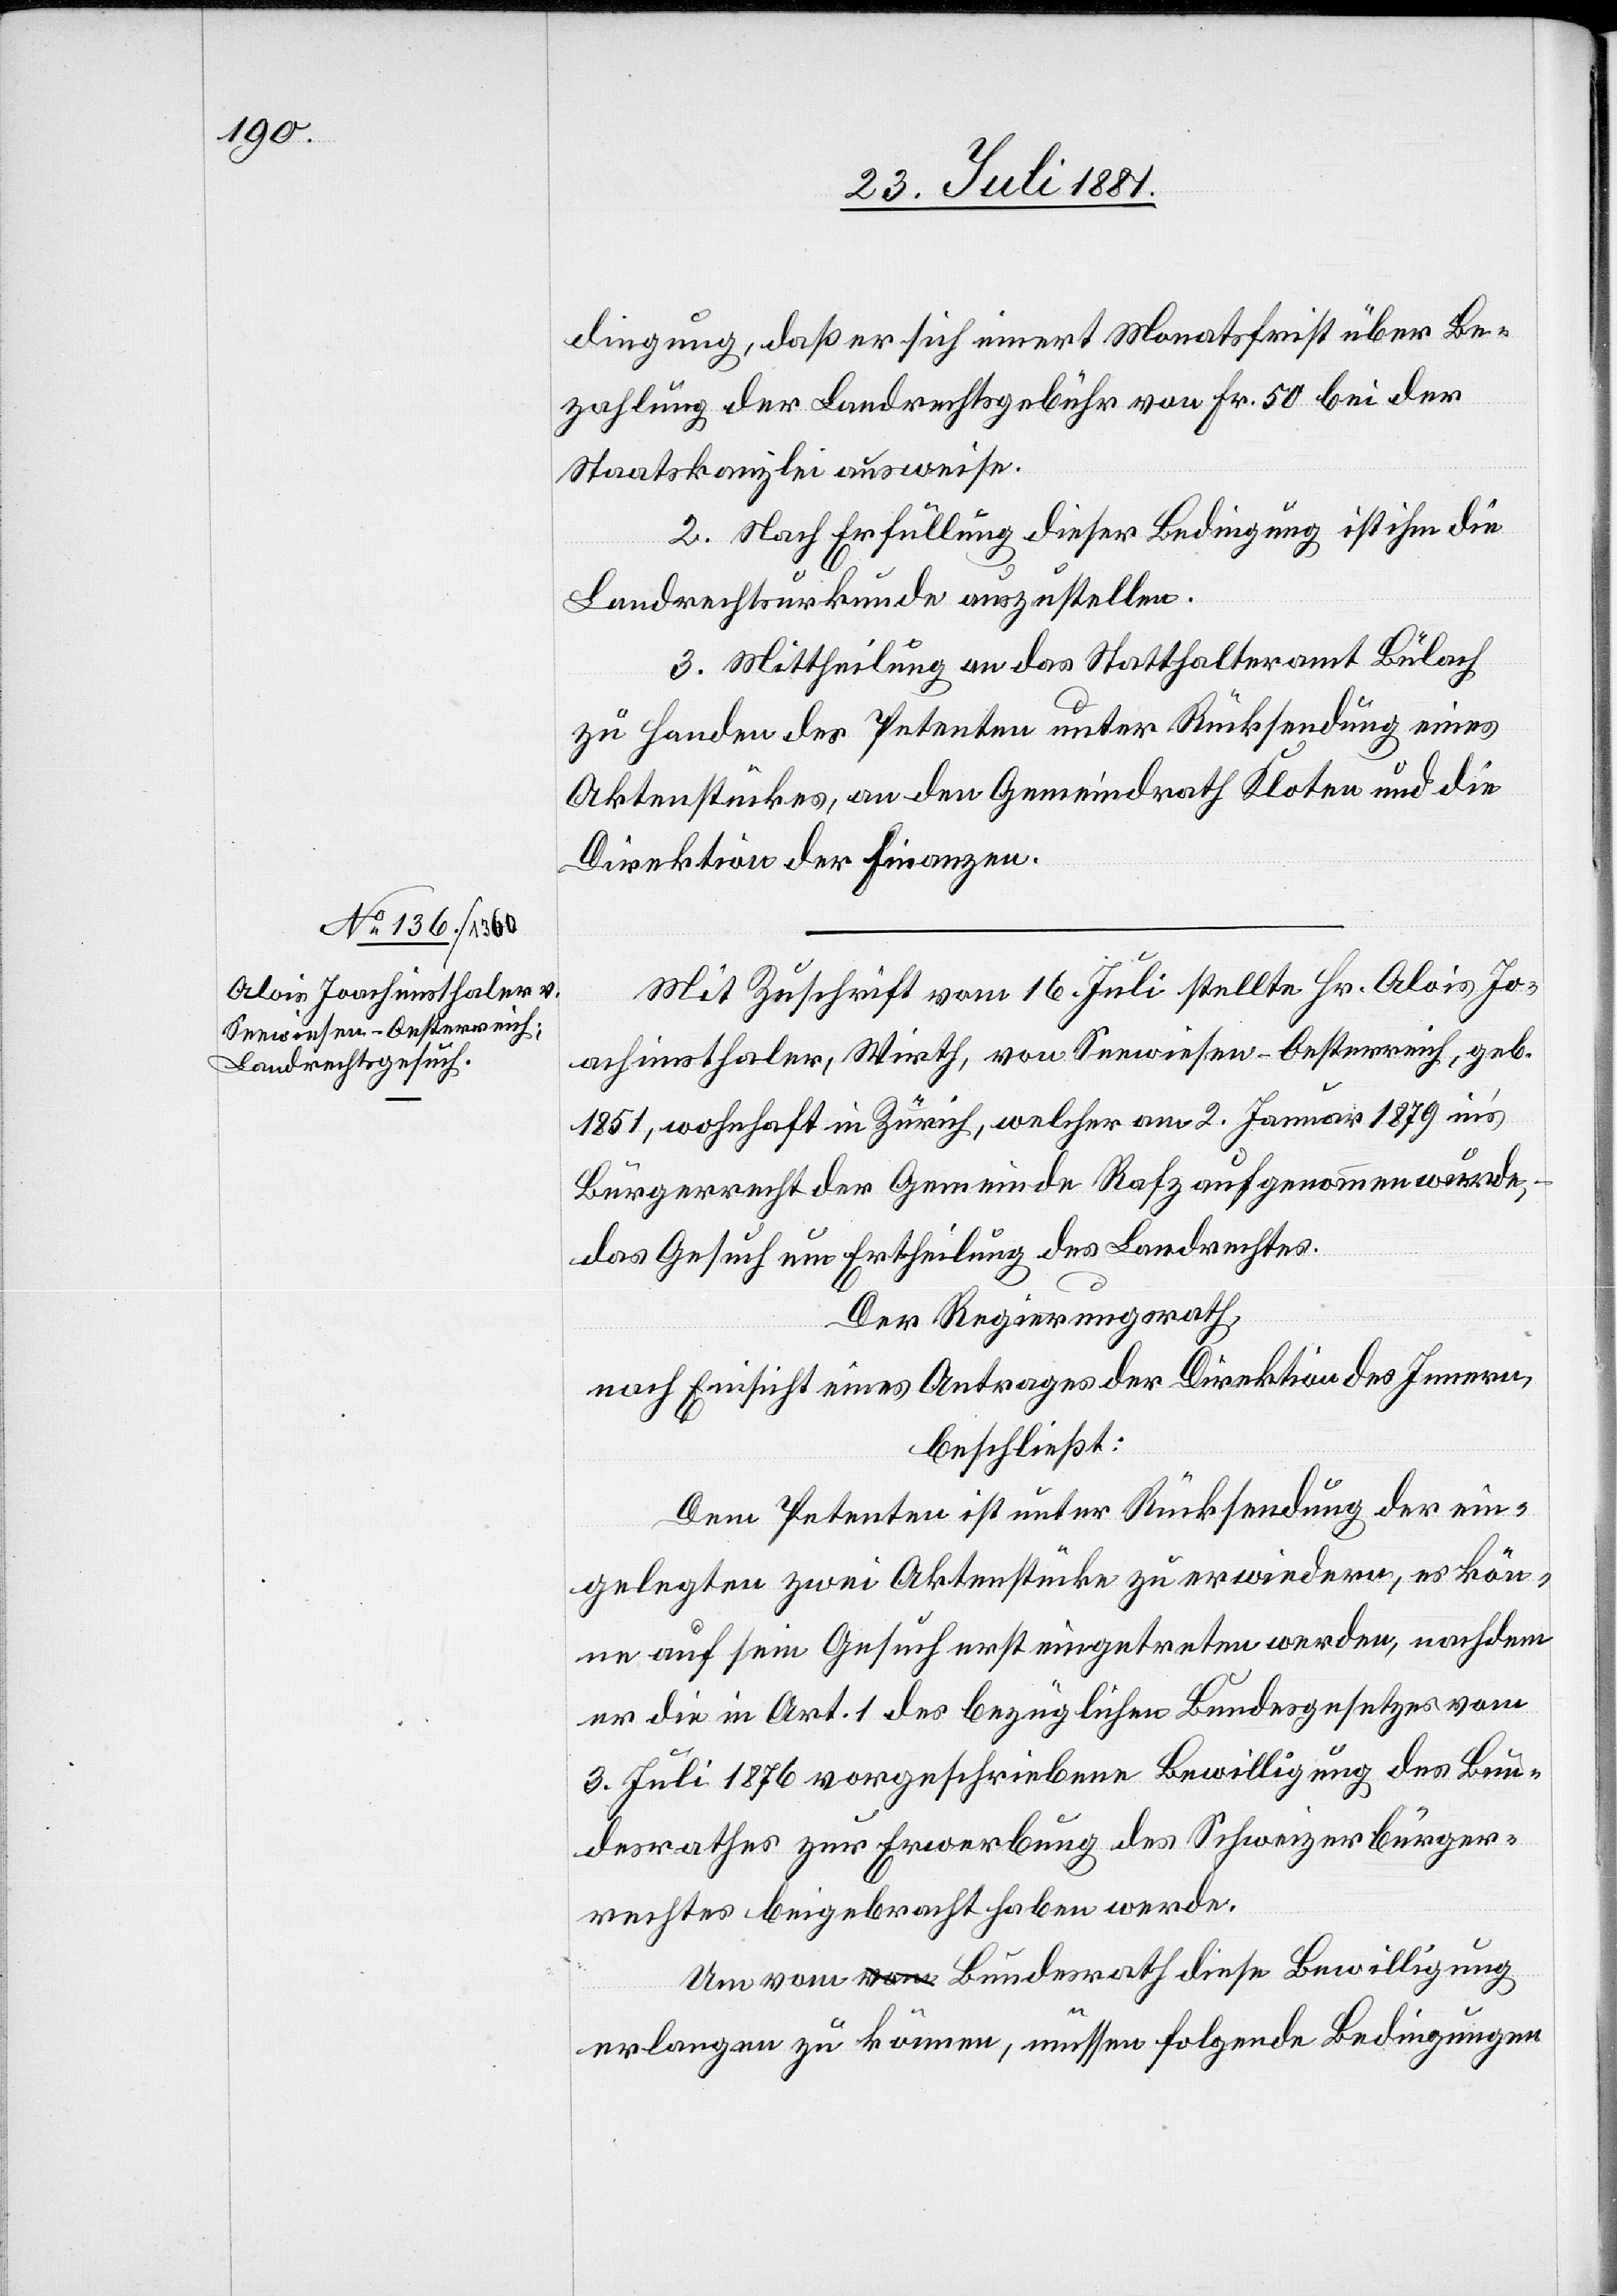
dingung, daß er sich innert Monatsfrist über Be¬
zahlung der Landrechtsgebühren von Fr. 50 bei der
Staatskanzlei ausweise.
2. Nach Erfüllung dieser Bedingung ist ihm die
Landrechtsurkunde auszustellen.
3. Mittheilung an das Statthalteramt Bülach
zu Handen des Petenten unter Rückstellung eines
Aktenstückes, an den Gemeindrath Kloten und die
Direktion der Finanzen.
Mi Zuschrift vom 13. Juli stellte Hr. Alois Jo¬
achimsthaler, Wirth, von Seewiesen - Oesterreich, geb.
1851, wohnhaft in Zürich, welcher am 2. Januar 1878 ins
Bürgerrecht der Gemeinde Rafz aufgenommen wurde,
das Gesuch um Ertheilung des Landrechtes.
Der Regierungsrath,
nach Einsicht eines Antrages der Direktion des Innern,
beschließt:
Dem Petenten ist unter Rückstellung der ein¬
gelegten zwei Aktenstücke zu erwiedern, es kön¬
ne auf sein Gesuch erst eingetreten werden, nachdem
er die in Art. 1 des bezüglichen Bundesgesetzes vom
3. Juli 1876 vorgeschriebene Bewilligung des Bun¬
desrathes zur Erwerbung des Schweizerbürger¬
rechtes beigebracht haben werde.
Um vom Bundesrath diese Bewilligung
erlangen zu können, müssen folgende Bedingungen